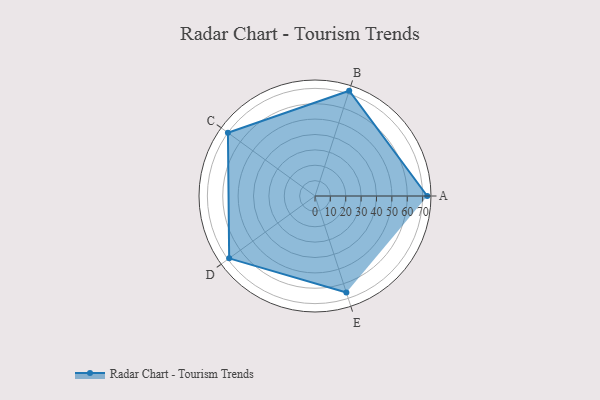
{"axis": {"x": "Skill", "y": "Score"}, "legend": ["Profile"], "data": [{"x": "A", "y": 73.0, "type": "Profile"}, {"x": "B", "y": 72.0, "type": "Profile"}, {"x": "C", "y": 70.0, "type": "Profile"}, {"x": "D", "y": 69.0, "type": "Profile"}, {"x": "E", "y": 66.0, "type": "Profile"}]}